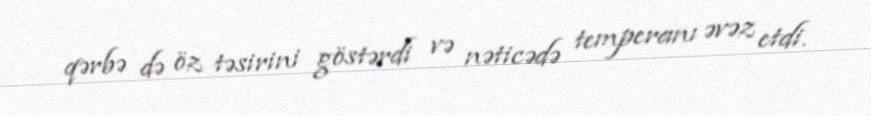
qərbə də öz təsirini göstərdi və nəticədə temperanı əvəz etdi.